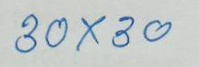
30x30